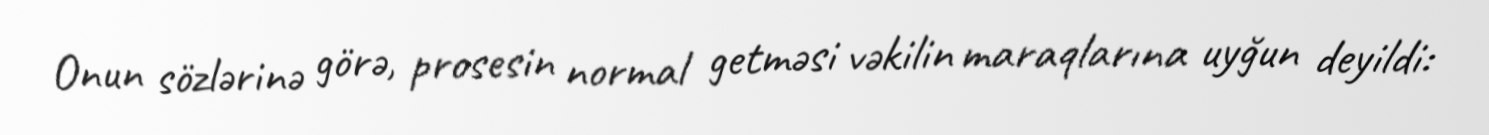
Onun sözlərinə görə, prosesin normal getməsi vəkilin maraqlarına uyğun deyildi: